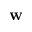
\mathbf { w }